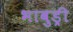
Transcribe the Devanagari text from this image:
भाबुड्री